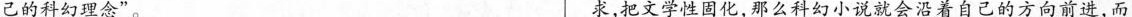
己的科幻理念”。 求，把文学性固化，那么科幻小说就会沿着自己的方向前进，而